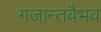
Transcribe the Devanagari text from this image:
गजान्तवैभव